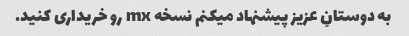
به دوستانِ عزیز پیشنهاد میکنم نسخه mx رو خریداری کنید.